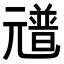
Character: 𠒻